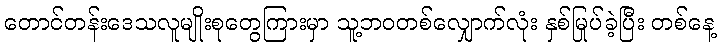
တောင်တန်းဒေသလူမျိုးစုတွေကြားမှာ သူ့ဘဝတစ်လျှောက်လုံး နှစ်မြုပ်ခဲ့ပြီး တစ်နေ့